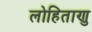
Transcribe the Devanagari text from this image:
लोहिताणु